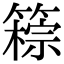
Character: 䉘